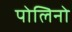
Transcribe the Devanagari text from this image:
पोलिनो